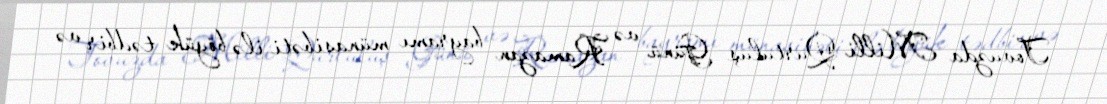
Tovuzda Milli Qurtuluş Günü və Ramazan bayramı münasibəti ilə böyük tədbir və